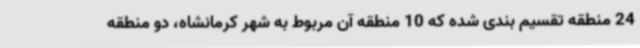
24 منطقه تقسیم بندی شده که 10 منطقه آن مربوط به شهر کرمانشاه، دو منطقه